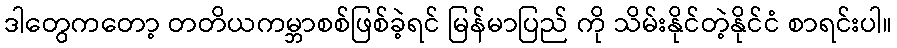
ဒါတွေကတော့ တတိယကမ္ဘာစစ်ဖြစ်ခဲ့ရင် မြန်မာပြည် ကို သိမ်းနိုင်တဲ့နိုင်ငံ စာရင်းပါ။